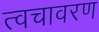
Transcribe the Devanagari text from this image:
त्वचावरण